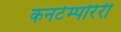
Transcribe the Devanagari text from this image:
कनटेम्पोरेरी